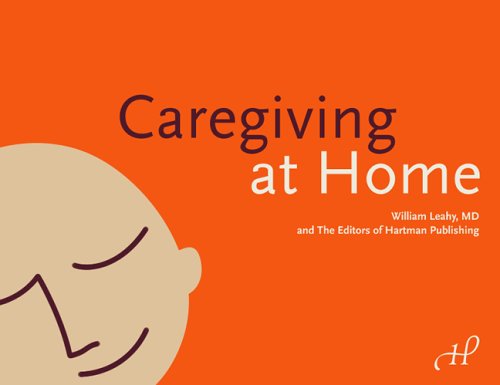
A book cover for Caregiving at Home; William Leahy MD; Medical Books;